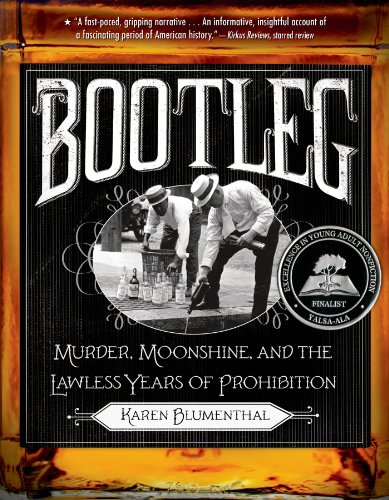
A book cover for Bootleg: Murder, Moonshine, and the Lawless Years of Prohibition; Karen Blumenthal; Teen & Young Adult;